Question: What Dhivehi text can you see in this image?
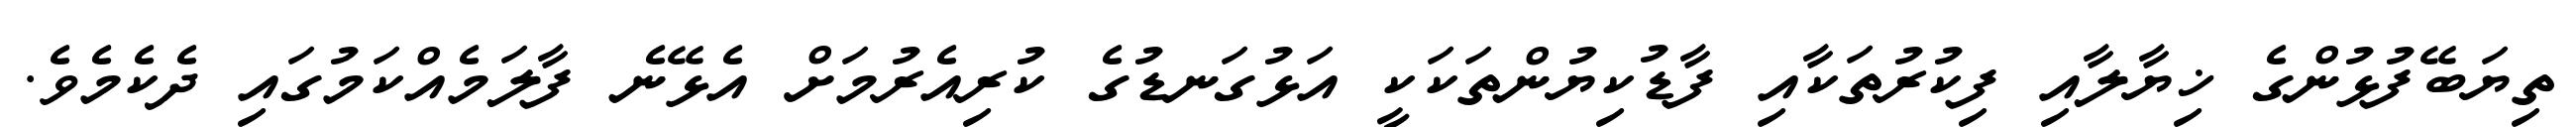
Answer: ތިޔަބޭފުޅުންގެ ޚިޔާލާއި ފިކުރުތަކާއި ފާޑުކިޔުންތަކަކީ އަޅުގަނޑުގެ ކުރިއެރުމަށް އެޅޭނެ ފާލަމެއްކަމުގައި ދެކެމެވެ.